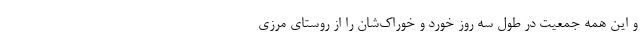
و این همه جمعیت در طول سه روز خورد و خوراک‌شان را از روستای مرزی